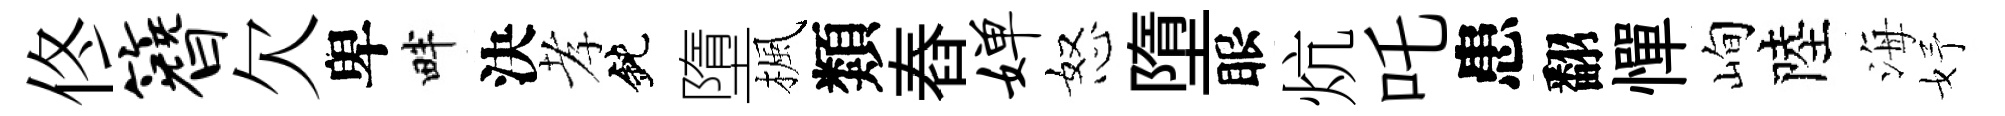
佟簪欠卑畔決孝鈍墮楓類舂婵怒墮眼炕吒患翻憚峋陸海妤